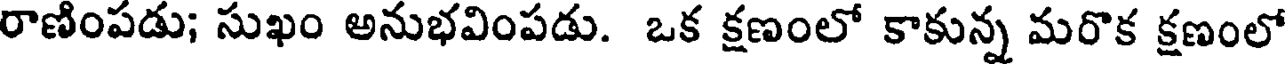
రాణింపడు; సుఖం అనుభవింపడు. ఒక క్షణంలో కాకున్న మరొక క్షణంలో